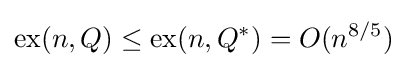
\operatorname {ex} (n,Q)\leq \operatorname {ex} (n,Q^{*})=O(n^{8/5})